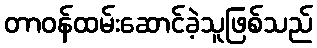
တာဝန်ထမ်းဆောင်ခဲ့သူဖြစ်သည်